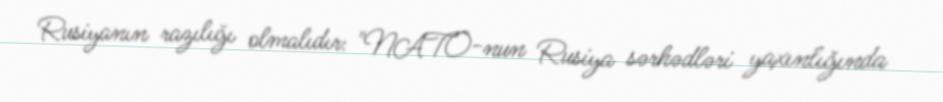
Rusiyanın razılığı olmalıdır: "NATO-nun Rusiya sərhədləri yaxınlığında